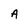
Character: A